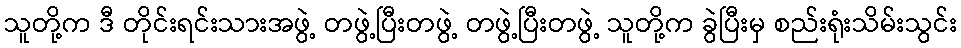
သူတို့က ဒီ တိုင်းရင်းသားအဖွဲ့ တဖွဲ့ပြီးတဖွဲ့ တဖွဲ့ပြီးတဖွဲ့ သူတို့က ခွဲပြီးမှ စည်းရုံးသိမ်းသွင်း